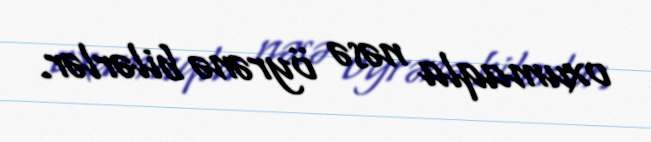
oxumaqla nəsə öyrənə bilərlər.